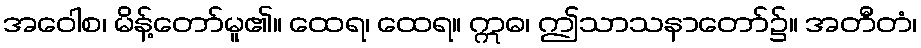
အဝေါစ၊ မိန့်တော်မူ၏။ ထေရ၊ ထေရ။ ဣဓ၊ ဤသာသနာတော်၌။ အတီတံ၊